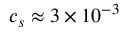
c _ { s } \approx 3 \times 1 0 ^ { - 3 }